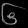
Digit: ၆